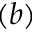
( b )